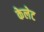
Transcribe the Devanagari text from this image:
केलेट